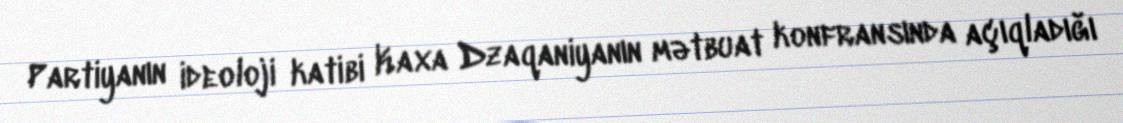
Partiyanın ideoloji katibi Kaxa Dzaqaniyanın mətbuat konfransında açıqladığı